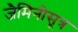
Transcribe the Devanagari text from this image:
जैमिनीसूत्र